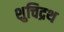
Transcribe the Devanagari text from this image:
शुचिद्रथ